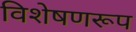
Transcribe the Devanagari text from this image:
विशेषणरूप